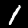
Label: 1